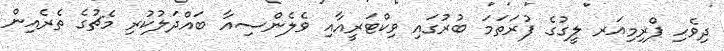
ދިވެހި ޕްރިމިއަރ ލީގުގެ ފުރަތަމަ ބުރުގައި ވިކްޓަރީއާއި ވެލެންސިއާ ބައްދަލުކުރި މެޗުގެ ތެރެއިން